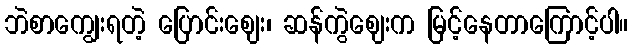
ဘဲစာကျွေးရတဲ့ ပြောင်းဈေး၊ ဆန်ကွဲဈေးက မြင့်နေတာကြောင့်ပါ။